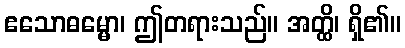
ဧသောဓမ္မော၊ ဤတရားသည်။ အတ္ထိ၊ ရှိ၏။